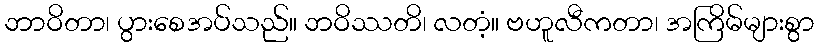
ဘာဝိတာ၊ ပွားစေအပ်သည်။ ဘဝိဿတိ၊ လတံ့။ ဗဟူလီကတာ၊ အကြိမ်များစွာ